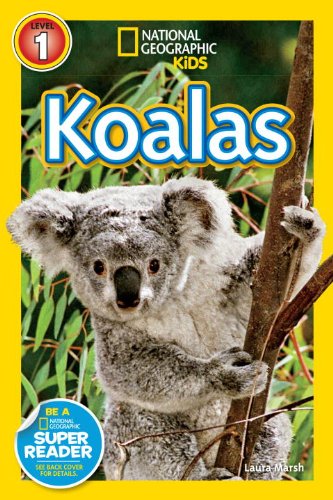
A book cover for National Geographic Readers: Koalas; Laura Marsh; Children's Books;